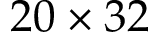
2 0 \times 3 2